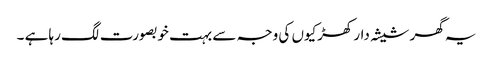
یہ گھر شیشہ دار کھڑکیوں کی وجہ سے بہت خوبصورت لگ رہا ہے ۔